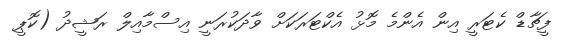
ފީޗާޑް ކެޓަރީ އިން އެންމެ މޮޅު އެކްޓަރަކަށް ވާދަކުރަނީ އިސްމާއިލް ރަޝީދު (ކޮޕީ